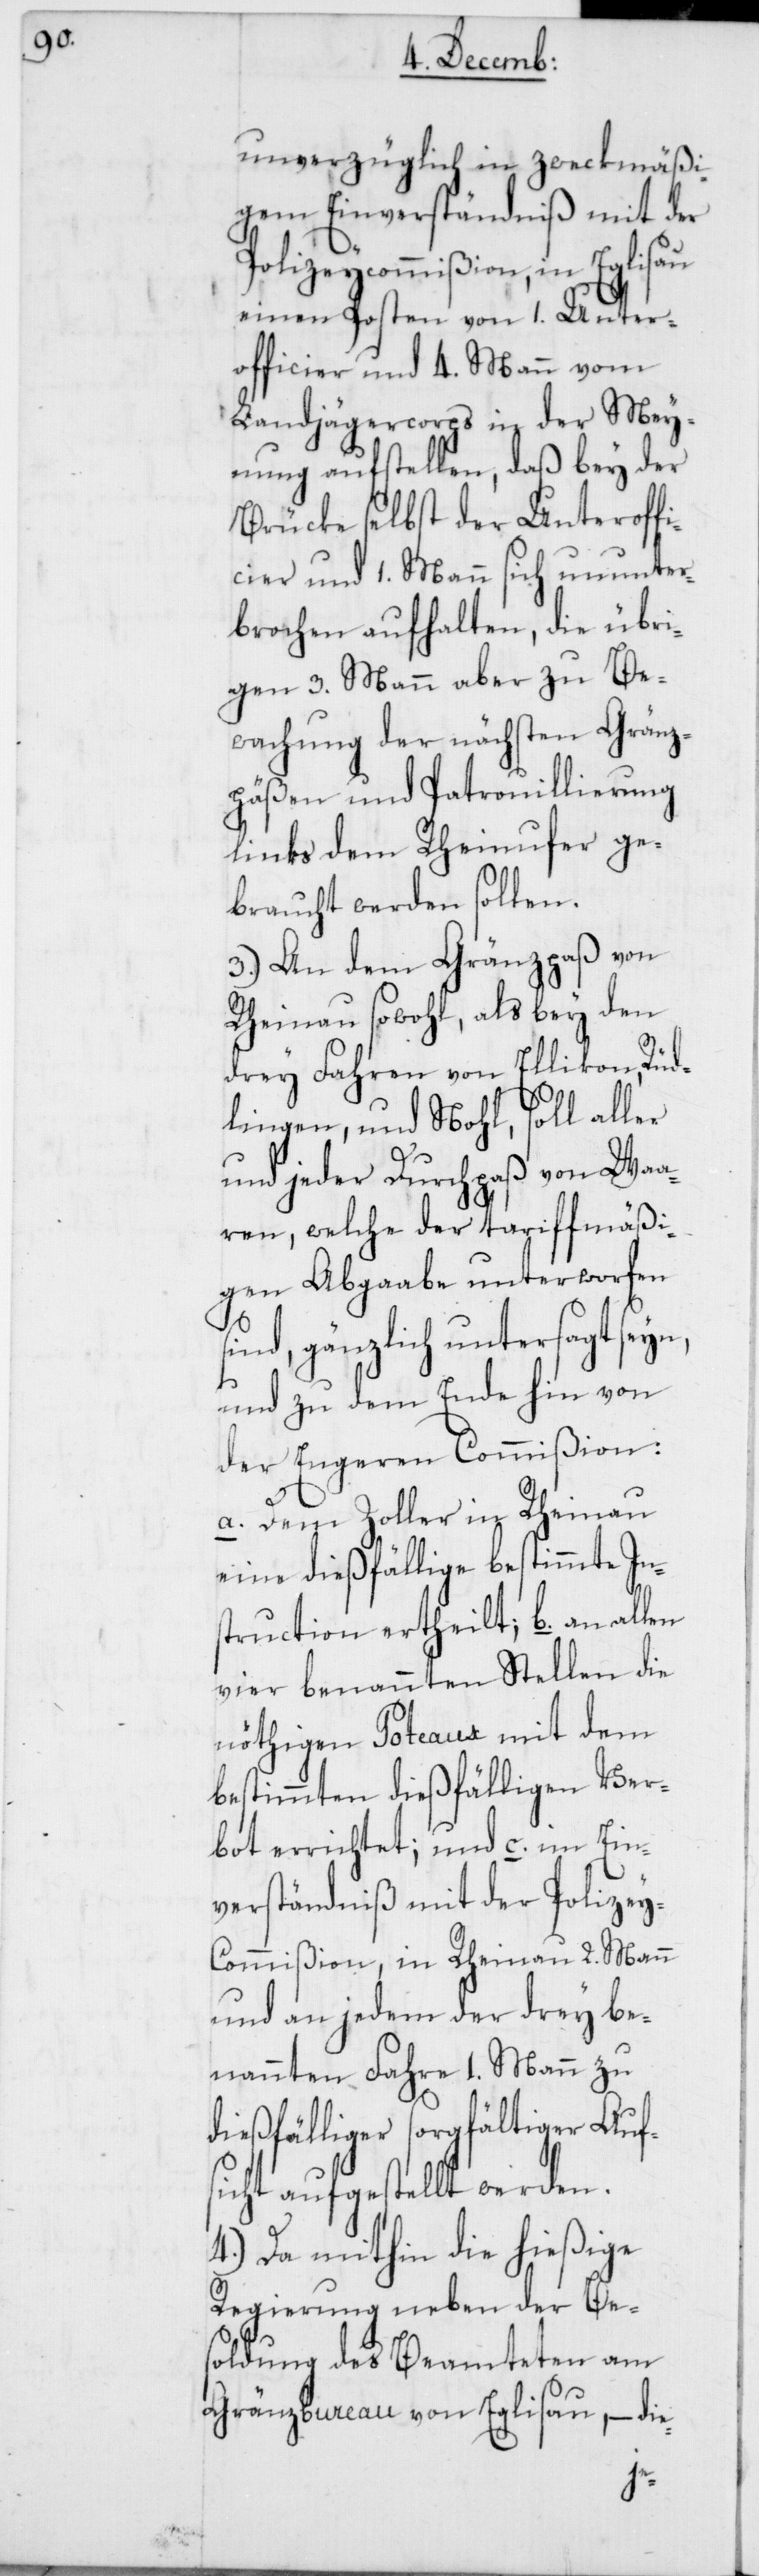
unverzüglich in zweckmäßi¬
gem Einverständniß mit der
Polizeycommißion, in Eglisau
einen Posten von 1. Unter¬
officier und 4. Mann vom
Landjägercorps in der Mey¬
nung aufstellen, daß bey der
Brücke selbst der Unteroffi¬
cier und 1. Mann sich ununter¬
brochen aufhalten, die übri¬
gen 3. Mann aber zu Be¬
wachung der nächsten Gränz¬
päßen und Patrouillierung
links dem Rheinufer ge¬
braucht werden sollen.
3.) An dem Gränzpaß von
Rheinau sowohl, als bey den
drey Fahren von Ellikon, Rüd¬
lingen, und Nohl, soll aller
und jeder Durchpaß von Waa¬
ren, welche der tariffmäßi¬
gen Abgabe unterworfen
sind, gänzlich untersagt seyn,
und zu dem Ende hin von
der Engeren Commißion:
a. Dem Zoller in Rheinau
eine dießfällige bestimmte In¬
struction ertheilt; b. an allen
vier benannten Stellen die
nöthigen Poteaux mit dem
bestimmten dießfälligen Ver¬
bot errichtet; und c. im Ein¬
verständniß mit der Polize¬
ommißion, in Rheinau 2. Mann
und an jedem der drey be¬
nannten Fahre 1. Mann zu
dießfälliger sorgfältiger Auf¬
sicht aufgestellt werden.
4.) Da mithin die hießige
Regierung neben der Be¬
soldung des Beamteten am
Gränzbureau von Eglisau, – die-
y-C¬